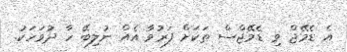
އެ ޑެމޭޖް ވި ޑެމޭޖްސް ތަކަށް ފަރުވާ އެއް ނުލިބޭ ހާ ދުވަހަކު.